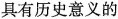
具有历史意义的